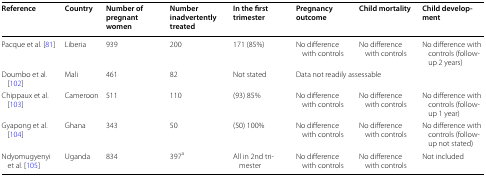
<table><thead><tr><td><b>Reference</b></td><td><b>Country</b></td><td><b>Number of pregnant women</b></td><td><b>Number inadvertently treated</b></td><td><b>In the first trimester</b></td><td><b>Pregnancy outcome</b></td><td><b>Child mortality</b></td><td><b>Child development</b></td></tr></thead><tbody><tr><td>Pacque et al. [81]</td><td>Liberia</td><td>939</td><td>200</td><td>171 (85%)</td><td>No difference with controls</td><td>No difference with controls</td><td>No difference with controls (follow-up 2 years)</td></tr><tr><td>Doumbo et al. [102]</td><td>Mali</td><td>461</td><td>82</td><td>Not stated</td><td colspan="3">Data not readily assessable</td></tr><tr><td>Chippaux et al. [103]</td><td>Cameroon</td><td>511</td><td>110</td><td>(93) 85%</td><td>No difference with controls</td><td>No difference with controls</td><td>No difference with controls (follow-up 1 year)</td></tr><tr><td>Gyapong et al. [104]</td><td>Ghana</td><td>343</td><td>50</td><td>(50) 100%</td><td>No difference with controls</td><td>No difference with controls</td><td>No difference with controls (follow-up not stated)</td></tr><tr><td>Ndyomugyenyi et al. [105]</td><td>Uganda</td><td>834</td><td>397<sup>a</sup></td><td>All in 2nd trimester</td><td>No difference with controls</td><td>No difference with controls</td><td>Not included</td></tr></tbody></table>